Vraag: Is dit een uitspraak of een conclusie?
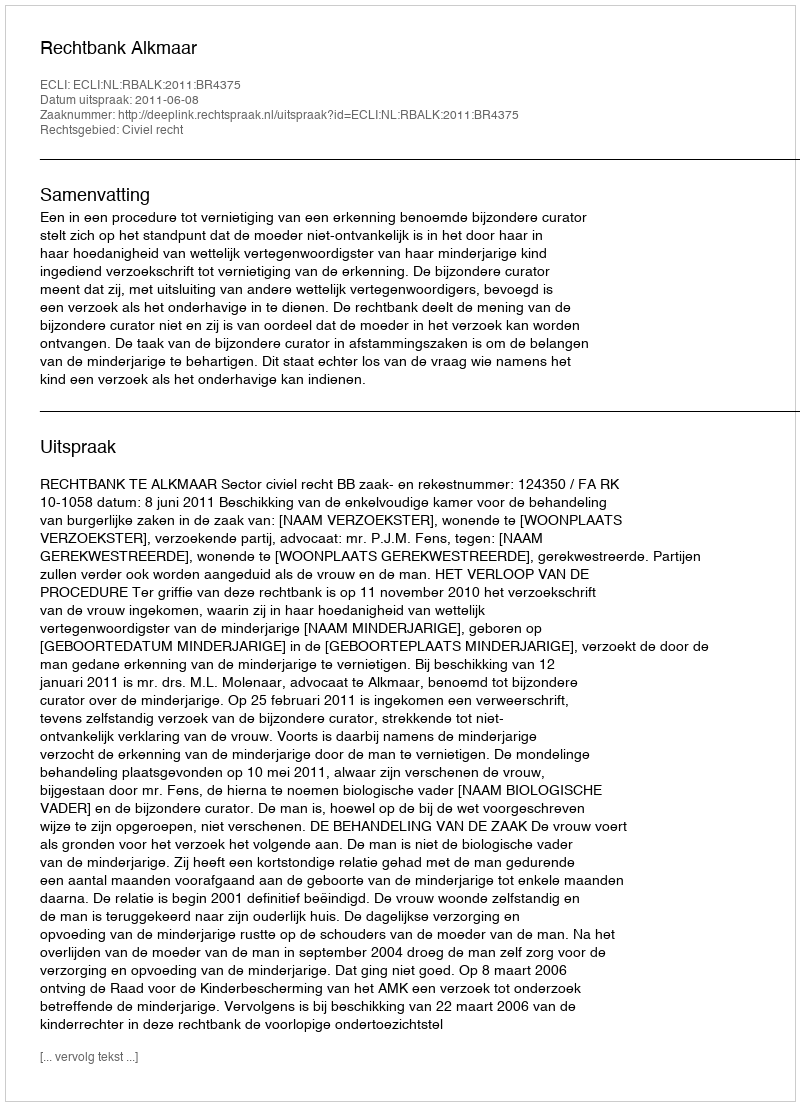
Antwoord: Uitspraak